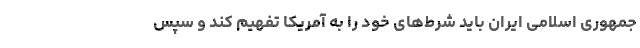
جمهوری اسلامی ایران باید شرط‌های‌ خود را به آمریکا تفهیم کند و سپس